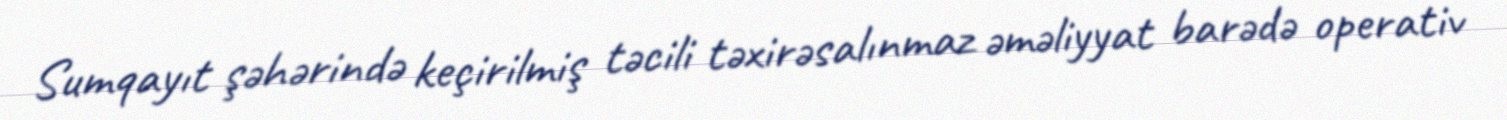
Sumqayıt şəhərində keçirilmiş təcili təxirəsalınmaz əməliyyat barədə operativ